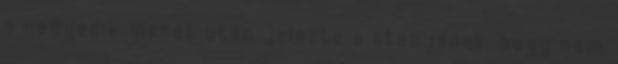
a negyedik menet után jelezte a stábjának, hogy nem